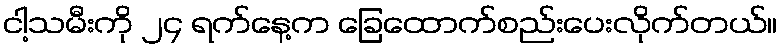
ငါ့သမီးကို ၂၄ ရက်နေ့က ခြေထောက်စည်းပေးလိုက်တယ်။